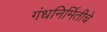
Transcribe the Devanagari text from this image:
गंधनिर्मितीचे